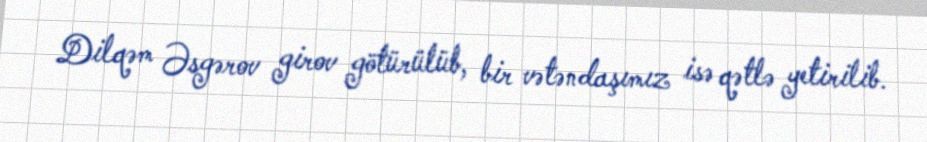
Dilqəm Əsgərov girov götürülüb, bir vətəndaşımız isə qətlə yetirilib.